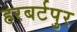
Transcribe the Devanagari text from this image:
हरबर्टपुर